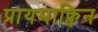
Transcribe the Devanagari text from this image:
प्रायमाक्विन